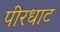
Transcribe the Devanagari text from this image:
पीरधाट